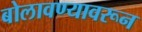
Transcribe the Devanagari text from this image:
बोलावण्यावरून